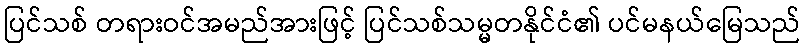
ပြင်သစ် တရားဝင်အမည်အားဖြင့် ပြင်သစ်သမ္မတနိုင်ငံ၏ ပင်မနယ်မြေသည်